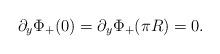
LaTeX: \begin{align*}\partial_y \Phi_+(0)= \partial_y \Phi_+(\pi R) =0.\end{align*}